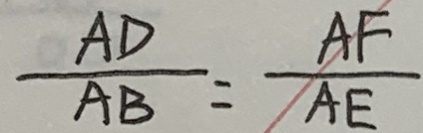
\frac { A D } { A B } = \frac { A F } { A E }